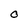
Character: O